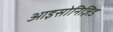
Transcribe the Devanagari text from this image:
आइसोनिज़िड